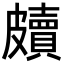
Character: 𥀲